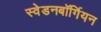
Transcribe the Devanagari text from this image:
स्वेडनबॉर्गियन